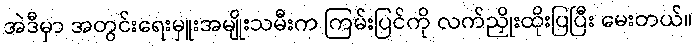
အဲဒီမှာ အတွင်းရေးမှူးအမျိုးသမီးက ကြမ်းပြင်ကို လက်ညှိုးထိုးပြပြီး မေးတယ်။